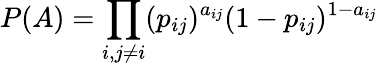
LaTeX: P(A)=\prod_{i,j\neq i}(p_{ij})^{a_{ij}}(1-p_{ij})^{1-a_{ij}}